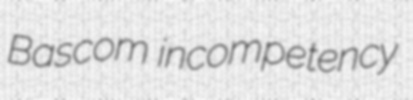
Bascom incompetency